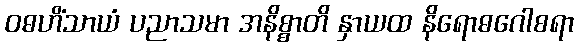
ဝဓဟိံသာယံ ပညာသမာ အနိစ္စာတိ နှာယထ နိရောဓဂေါစရာ